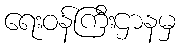
ရေးဝန်ကြီးဌာနမှ